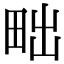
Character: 𤱟